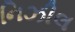
નિઝીલ